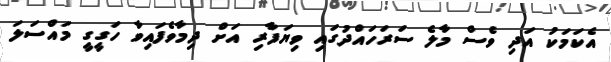
އެކަމަކު އަދި ވެސް މާލެ ސަރަހައްދުގައި ވިޔަފާރި އަށް ދިމާވެފައިވާ ހަގީގީ މައްސަލަ